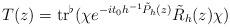
LaTeX: \begin{align*} T(z)={\rm tr}^\flat (\chi e^{-it_0h^{-1}\tilde{P}_h(z)} \tilde{R}_h(z)\chi)\end{align*}